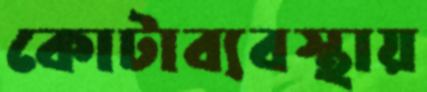
কোটাব্যবস্থায়